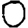
Digit: 0